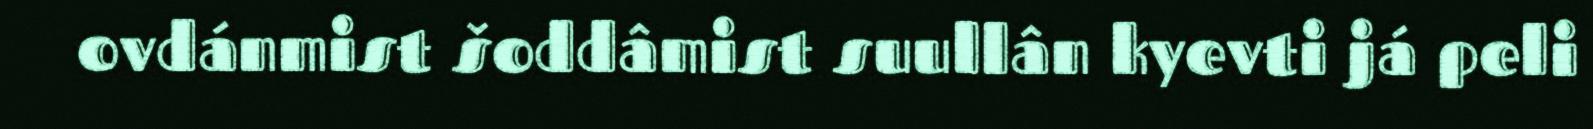
ovdánmist šoddâmist suullân kyevti já peli